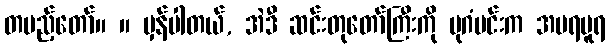
တပည့်တော်။ ။ မှန်ပါတယ်, အဲဒီ ဆင်းတုတော်ကြီးကို ပုဂံမင်းက အမရပူရ